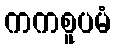
ကကစူပမံ